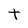
Character: t